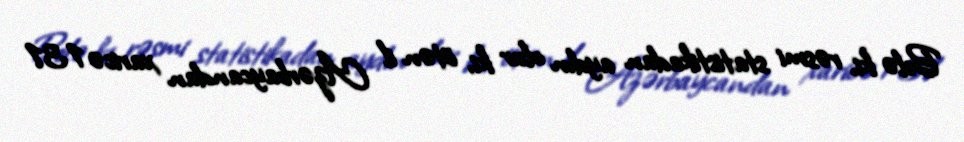
Belə ki, rəsmi statistikadan aydın olur ki, ötən il Azərbaycandan xaricə 131